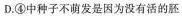
D.④中种子不萌发是因为没有活的胚